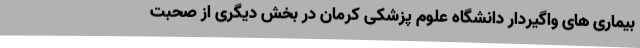
بیماری های واگیردار دانشگاه علوم پزشکی کرمان در بخش دیگری از صحبت